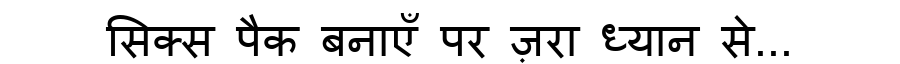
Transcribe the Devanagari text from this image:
सिक्स पैक बनाएँ पर ज़रा ध्यान से...